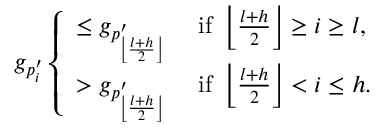
g _ { p _ { i } ^ { \prime } } \left\{ \begin{array} { l l } { \leq g _ { p _ { \left\lfloor \frac { l + h } { 2 } \right\rfloor } ^ { \prime } } \quad \mathrm { ~ i f ~ } \left\lfloor \frac { l + h } { 2 } \right\rfloor \ge i \ge l , } \\ { > g _ { p _ { \left\lfloor \frac { l + h } { 2 } \right\rfloor } ^ { \prime } } \quad \mathrm { ~ i f ~ } \left\lfloor \frac { l + h } { 2 } \right\rfloor < i \leq h . } \end{array} \right.